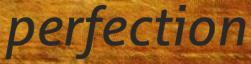
perfection